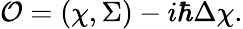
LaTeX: {\cal O}=(\chi,\Sigma)-i\hbar\Delta\chi.